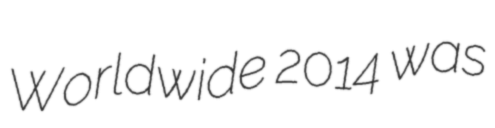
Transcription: Worldwide 2014 was